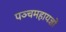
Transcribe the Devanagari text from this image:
पञ्चमहायज्ञों